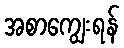
အစာကျွေးရန်